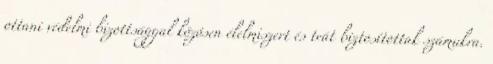
ottani védelmi bizottsággal közösen élelmiszert és teát biztosítottak számukra.